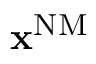
\mathbf { x } ^ { \mathrm { { N M } } }